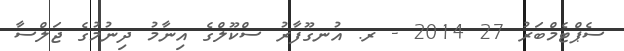
ސެޕްޓެމްބަރު 27 2014 - ރ. އުނގޫފާރު ސްކޫލްގެ އިނާމު ދިނުމުގެ ޖަލްސާ